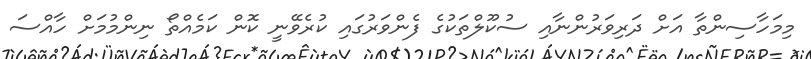
މިމަހާސިންތާ އަށް ދަރިވަރުންނާއި ސުކޫލްތަކުގެ ފެންވަރުގައި ކުރެވޭނީ ކޮން ކަމެއްތޯ ނިންމުމަށް ހާއްސަ